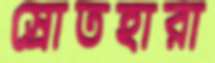
স্রোতহারা